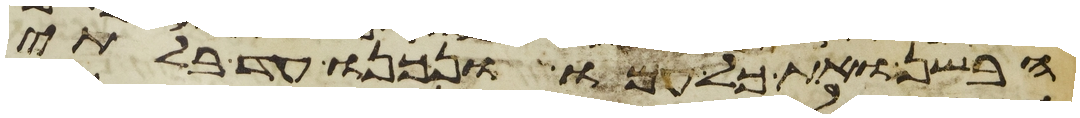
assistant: הבשן ואת כל עמו ונכנו עד בלתי